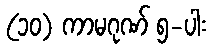
(၁၀) ကာမဂုဏ် ၅-ပါး